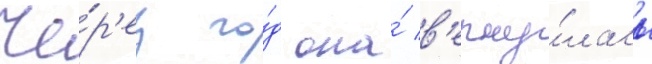
Че́р'ез го́д она́ в'ерну́лась